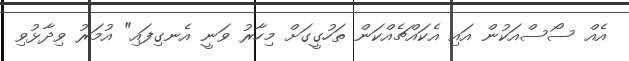
އެއް ސޯސްއަކުން އައި އެކައްޗެއްކަން ތަހުގީގަށް މިހާރު ވަނީ އެނގިފައި" އުމަރު ވިދާޅުވި